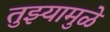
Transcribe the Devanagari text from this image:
तुझ्यामुळे